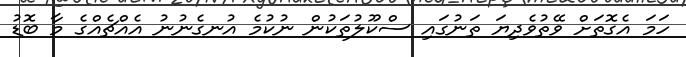
ހަމަ އެގޮތަށް ވޭތުވެދިޔަ ތަނުގައި ސްކޫލުތަކުން ނުކުމެ އުނގެނުނު އެއްޗެއްގެ މާ ބޮޑު